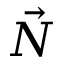
\vec { N }